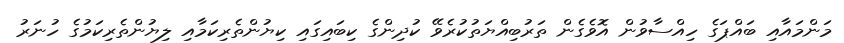
މަންމައާއި ބައްޕަގެ ހިއްސާވުން އޮވެގެން ތަރުބިއްޔަތުކުރެވޭ ކުދިންގެ ކިބައިގައި ކިޔުންތެރިކަމާއި ލިޔުންތެރިކަމުގެ ހުނަރު